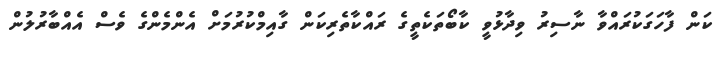
ކަން ފާހަގަކުރައްވާ ނާސިރު ވިދާޅުވީ ކާބޯތަކެތީގެ ރައްކާތެރިކަން ގާއިމްކުރުމަށް އެންމެންގެ ވެސް އެއްބާރުލުން